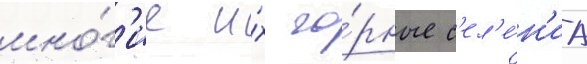
мно́г'ие и́х го́рные с'ел'е́н'иа